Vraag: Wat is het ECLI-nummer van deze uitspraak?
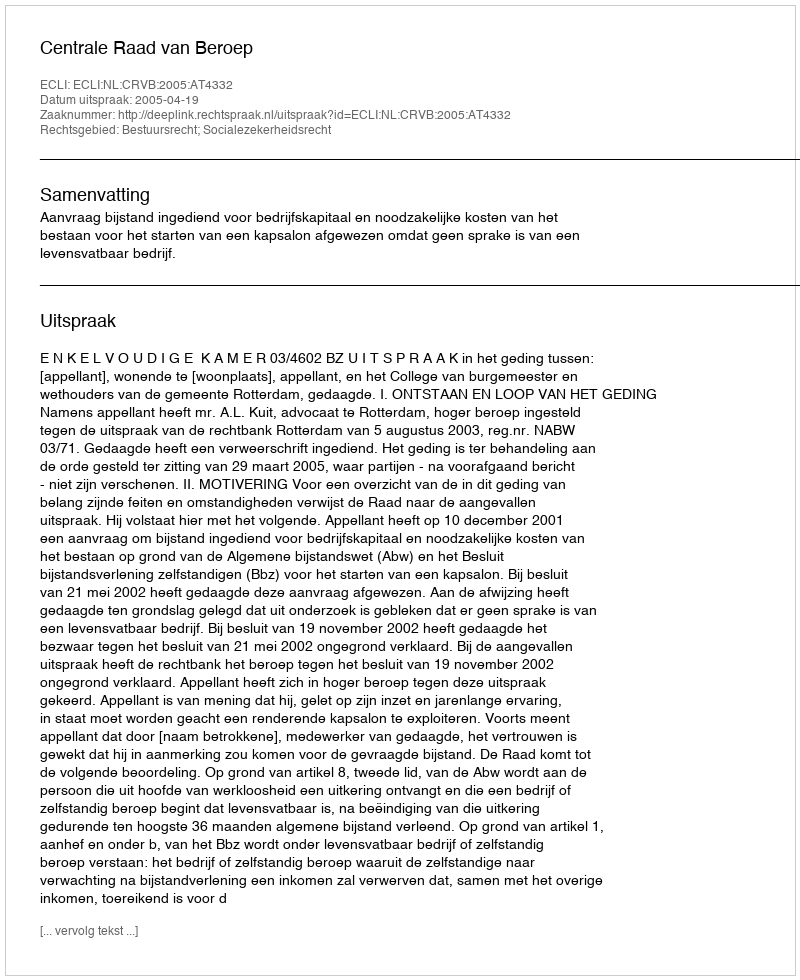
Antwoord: ECLI:NL:CRVB:2005:AT4332